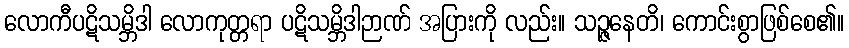
လောကီပဋိသမ္ဘိဒါ လောကုတ္တရာ ပဋိသမ္ဘိဒါဉာဏ် အပြားကို လည်း။ သဉ္ဇနေတိ၊ ကောင်းစွာဖြစ်စေ၏။